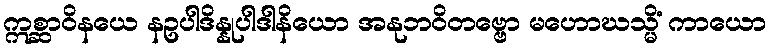
ဣစ္ဆာဝိနယေ နဥပါဒိန္နုပါဒါနိယော အနုဘဝိတဗ္ဗော မဟောဃသ္မိံ ကာယော